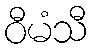
ဝီမံသီ